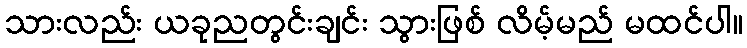
သားလည်း ယခုညတွင်းချင်း သွားဖြစ် လိမ့်မည် မထင်ပါ။